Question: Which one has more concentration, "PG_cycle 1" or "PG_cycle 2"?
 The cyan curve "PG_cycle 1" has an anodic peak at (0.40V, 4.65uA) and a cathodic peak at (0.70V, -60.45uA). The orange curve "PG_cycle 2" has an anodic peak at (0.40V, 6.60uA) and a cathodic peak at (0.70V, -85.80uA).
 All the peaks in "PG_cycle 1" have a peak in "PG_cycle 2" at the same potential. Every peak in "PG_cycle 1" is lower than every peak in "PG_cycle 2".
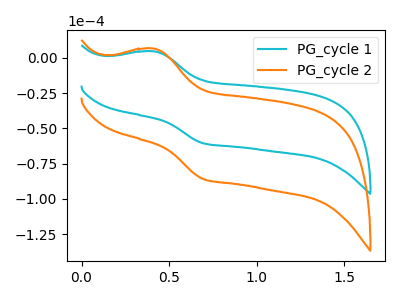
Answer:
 <answer>"PG_cycle 1" has less signal than "PG_cycle 2" and so likely has a lower concentration.</answer>
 <eval>less_concentration</eval>